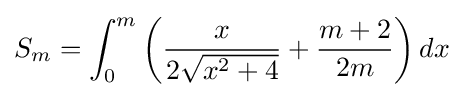
S_{m}=\int _{0}^{m}{\left({x \over {2{\sqrt {x^{2}+4}}}}+{{m+2} \over {2m}}\right)}\,dx